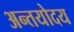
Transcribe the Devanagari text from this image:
अन्तयोदय